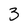
Character: 3